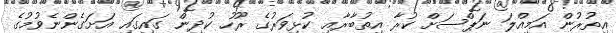
އިތުރުން އަމިއްލަ ނަޕްސަށް ކުރާ އިތުބާރާއި ކުޅިވަރުގެ ރޫހު ކުދިން ގައިގައި އަށަގެންނެވުމުގެ